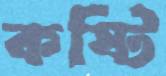
কষ্টি